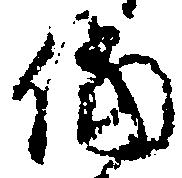
儅